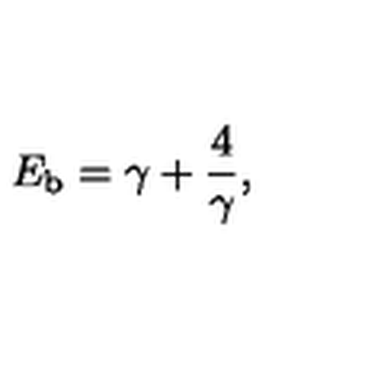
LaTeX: E _ { \mathrm { b } } = \gamma + { \frac { 4 } { \gamma } } ,